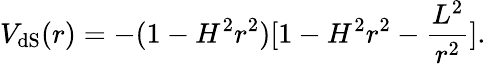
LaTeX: V_{\mathrm{dS}}(r)=-(1-H^{2}r^{2})[1-H^{2}r^{2}-\frac{L^{2}}{r^{2}}].